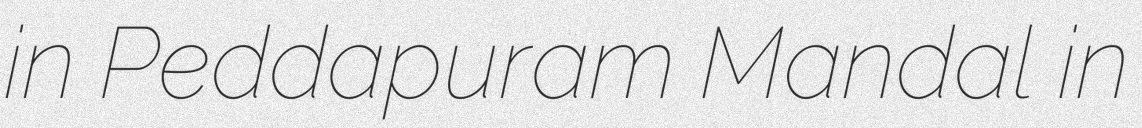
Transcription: in Peddapuram Mandal in